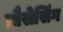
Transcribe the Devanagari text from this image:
प्रौसेसिंग